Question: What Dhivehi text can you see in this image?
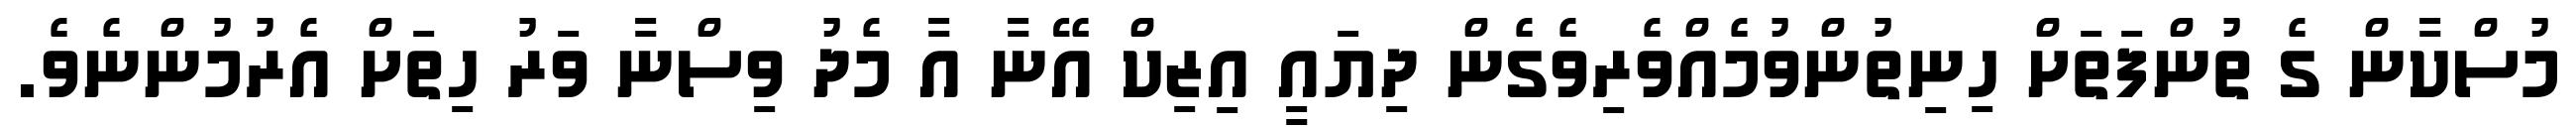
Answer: މުސްކާން ގެ ތުންފަތަށް ހިނިތުންވުމެއްވެރިވެގެން ދިޔައީ އިޒިކް އޭނާ އާ މެދު ވިސްނާ ވަރު ހިތަށް އެރުމުންނެވެ.